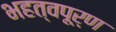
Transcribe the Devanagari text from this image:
भहत्वपूर्ण